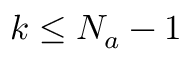
k \leq N _ { a } - 1